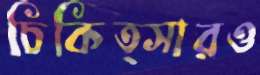
চিকিত্সারও